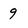
Character: 9